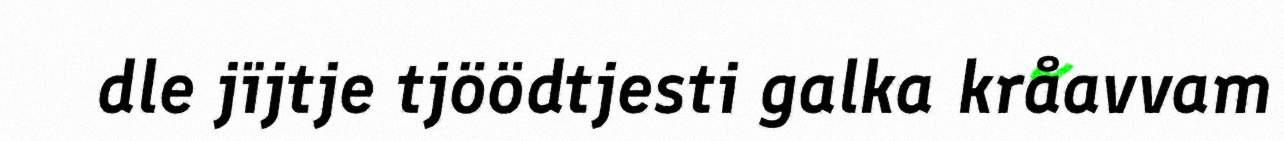
dle jïjtje tjöödtjesti galka kråavvam